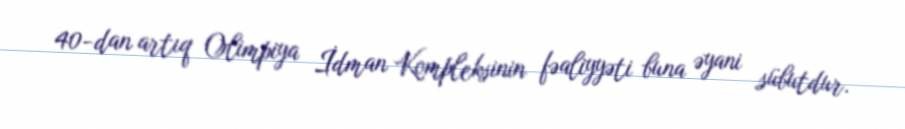
40-dan artıq Olimpiya İdman Kompleksinin fəaliyyəti buna əyani sübutdur.